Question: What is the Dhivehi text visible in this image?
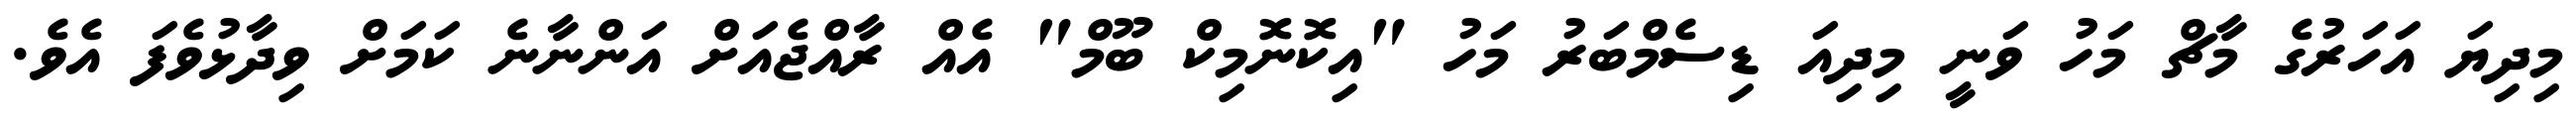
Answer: މިދިޔަ އަހަރުގެ މާޗް މަހު ވަނީ މިދިއަ ޑިސެމްބަރު މަހު "އިކޮނޮމިކް ބޫމް" އެއް ރާއްޖެއަށް އަންނާނެ ކަމަށް ވިދާޅުވެފަ އެވެ.